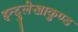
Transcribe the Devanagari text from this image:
इन्दुलेखाकुण्ड